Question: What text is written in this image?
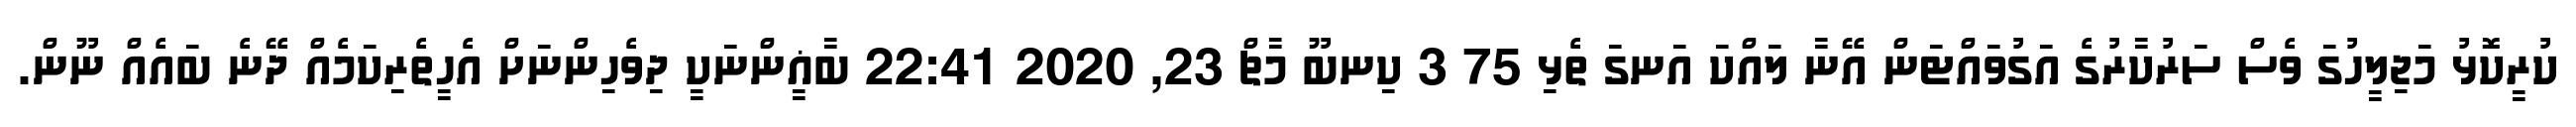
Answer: ކުރީކޮޅު މަޖިލީހުގަ ވެސް ސަރުކާރުގެ އަގުވައްޓަން އޭނާ ލައްކަ އަނގަ ތެޅި 75 3 ކިނބޫ މާޗް 23, 2020 22:41 ބާޣީންނަކީ ދިވެހިންނަށް އެހީތެރިކަމެއް ދޭނެ ބައެއް ނޫން.